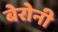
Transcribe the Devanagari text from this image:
बेरोनी